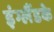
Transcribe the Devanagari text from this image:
इंग्लैंडके